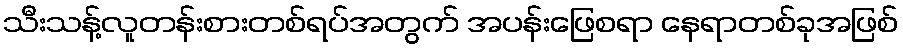
သီးသန့်လူတန်းစားတစ်ရပ်အတွက် အပန်းဖြေစရာ နေရာတစ်ခုအဖြစ်